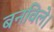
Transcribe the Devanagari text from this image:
बनविले।